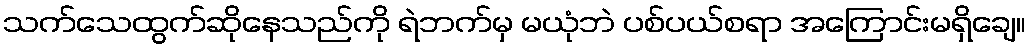
သက်သေထွက်ဆိုနေသည်ကို ရဲဘက်မှ မယုံဘဲ ပစ်ပယ်စရာ အကြောင်းမရှိချေ။